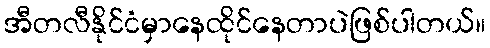
အီတလီနိုင်ငံမှာနေထိုင်နေတာပဲဖြစ်ပါတယ်။